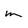
Character: m